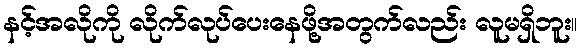
နင့်အလိုကို လိုက်လုပ်ပေးနေဖို့အတွက်လည်း လူမရှိဘူး။